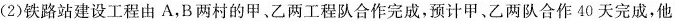
(2)铁路站建设工程由A，B两村的甲、乙两工程队合作完成，预计甲、乙两队合作40天完成，他